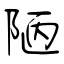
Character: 陋